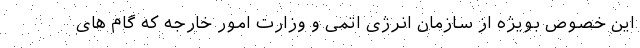
این خصوص بویژه از سازمان انرژی اتمی و وزارت امور خارجه که گام های